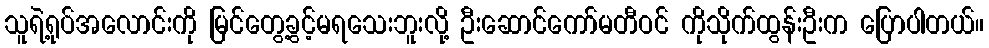
သူရဲ့ရုပ်အလောင်းကို မြင်တွေ့ခွင့်မရသေးဘူးလို့ ဦးဆောင်ကော်မတီဝင် ကိုသိုက်ထွန်းဦးက ပြောပါတယ်။